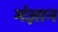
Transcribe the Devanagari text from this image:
मंज्ञान